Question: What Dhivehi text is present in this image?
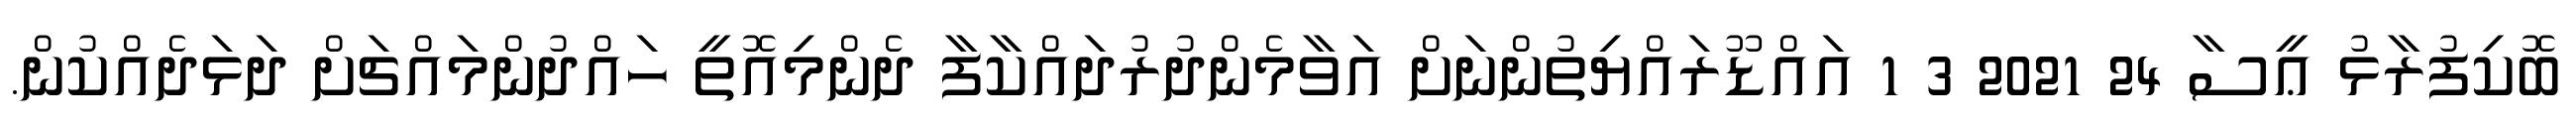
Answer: ބޮކިފުރާޅު ޢީސާ 24 2021 3 1 އައްޑޫރައްޔިތުންނަށް އަވާމެންދުރުދައްކާފާ ދެންމިއޮތީ ހައްދުންމައްޗަށް ދަޅަދެއްކުން.